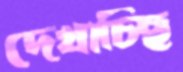
দেখাচ্ছি